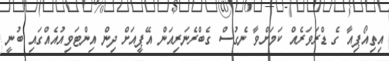
އިތިއޯޕިއާ ގެ ޑްރަވަރެއް ކަމަށްވާ ނެގުސް ގެބްރެނަރިއަން އޭޕީއަށް ދިން އިންޓަވިއުއެއްގައި ބުނީ